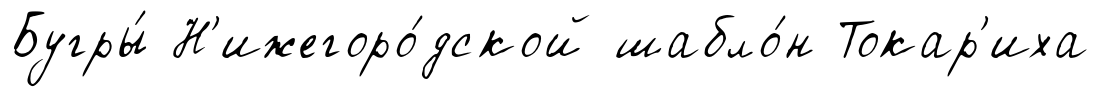
Бугры́ Н'ижегоро́дской шабло́н Токар'иха